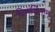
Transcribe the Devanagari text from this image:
विमर्शिनाम्